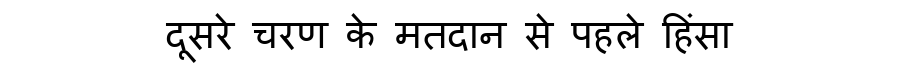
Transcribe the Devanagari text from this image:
दूसरे चरण के मतदान से पहले हिंसा